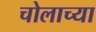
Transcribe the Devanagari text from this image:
चोलाच्या